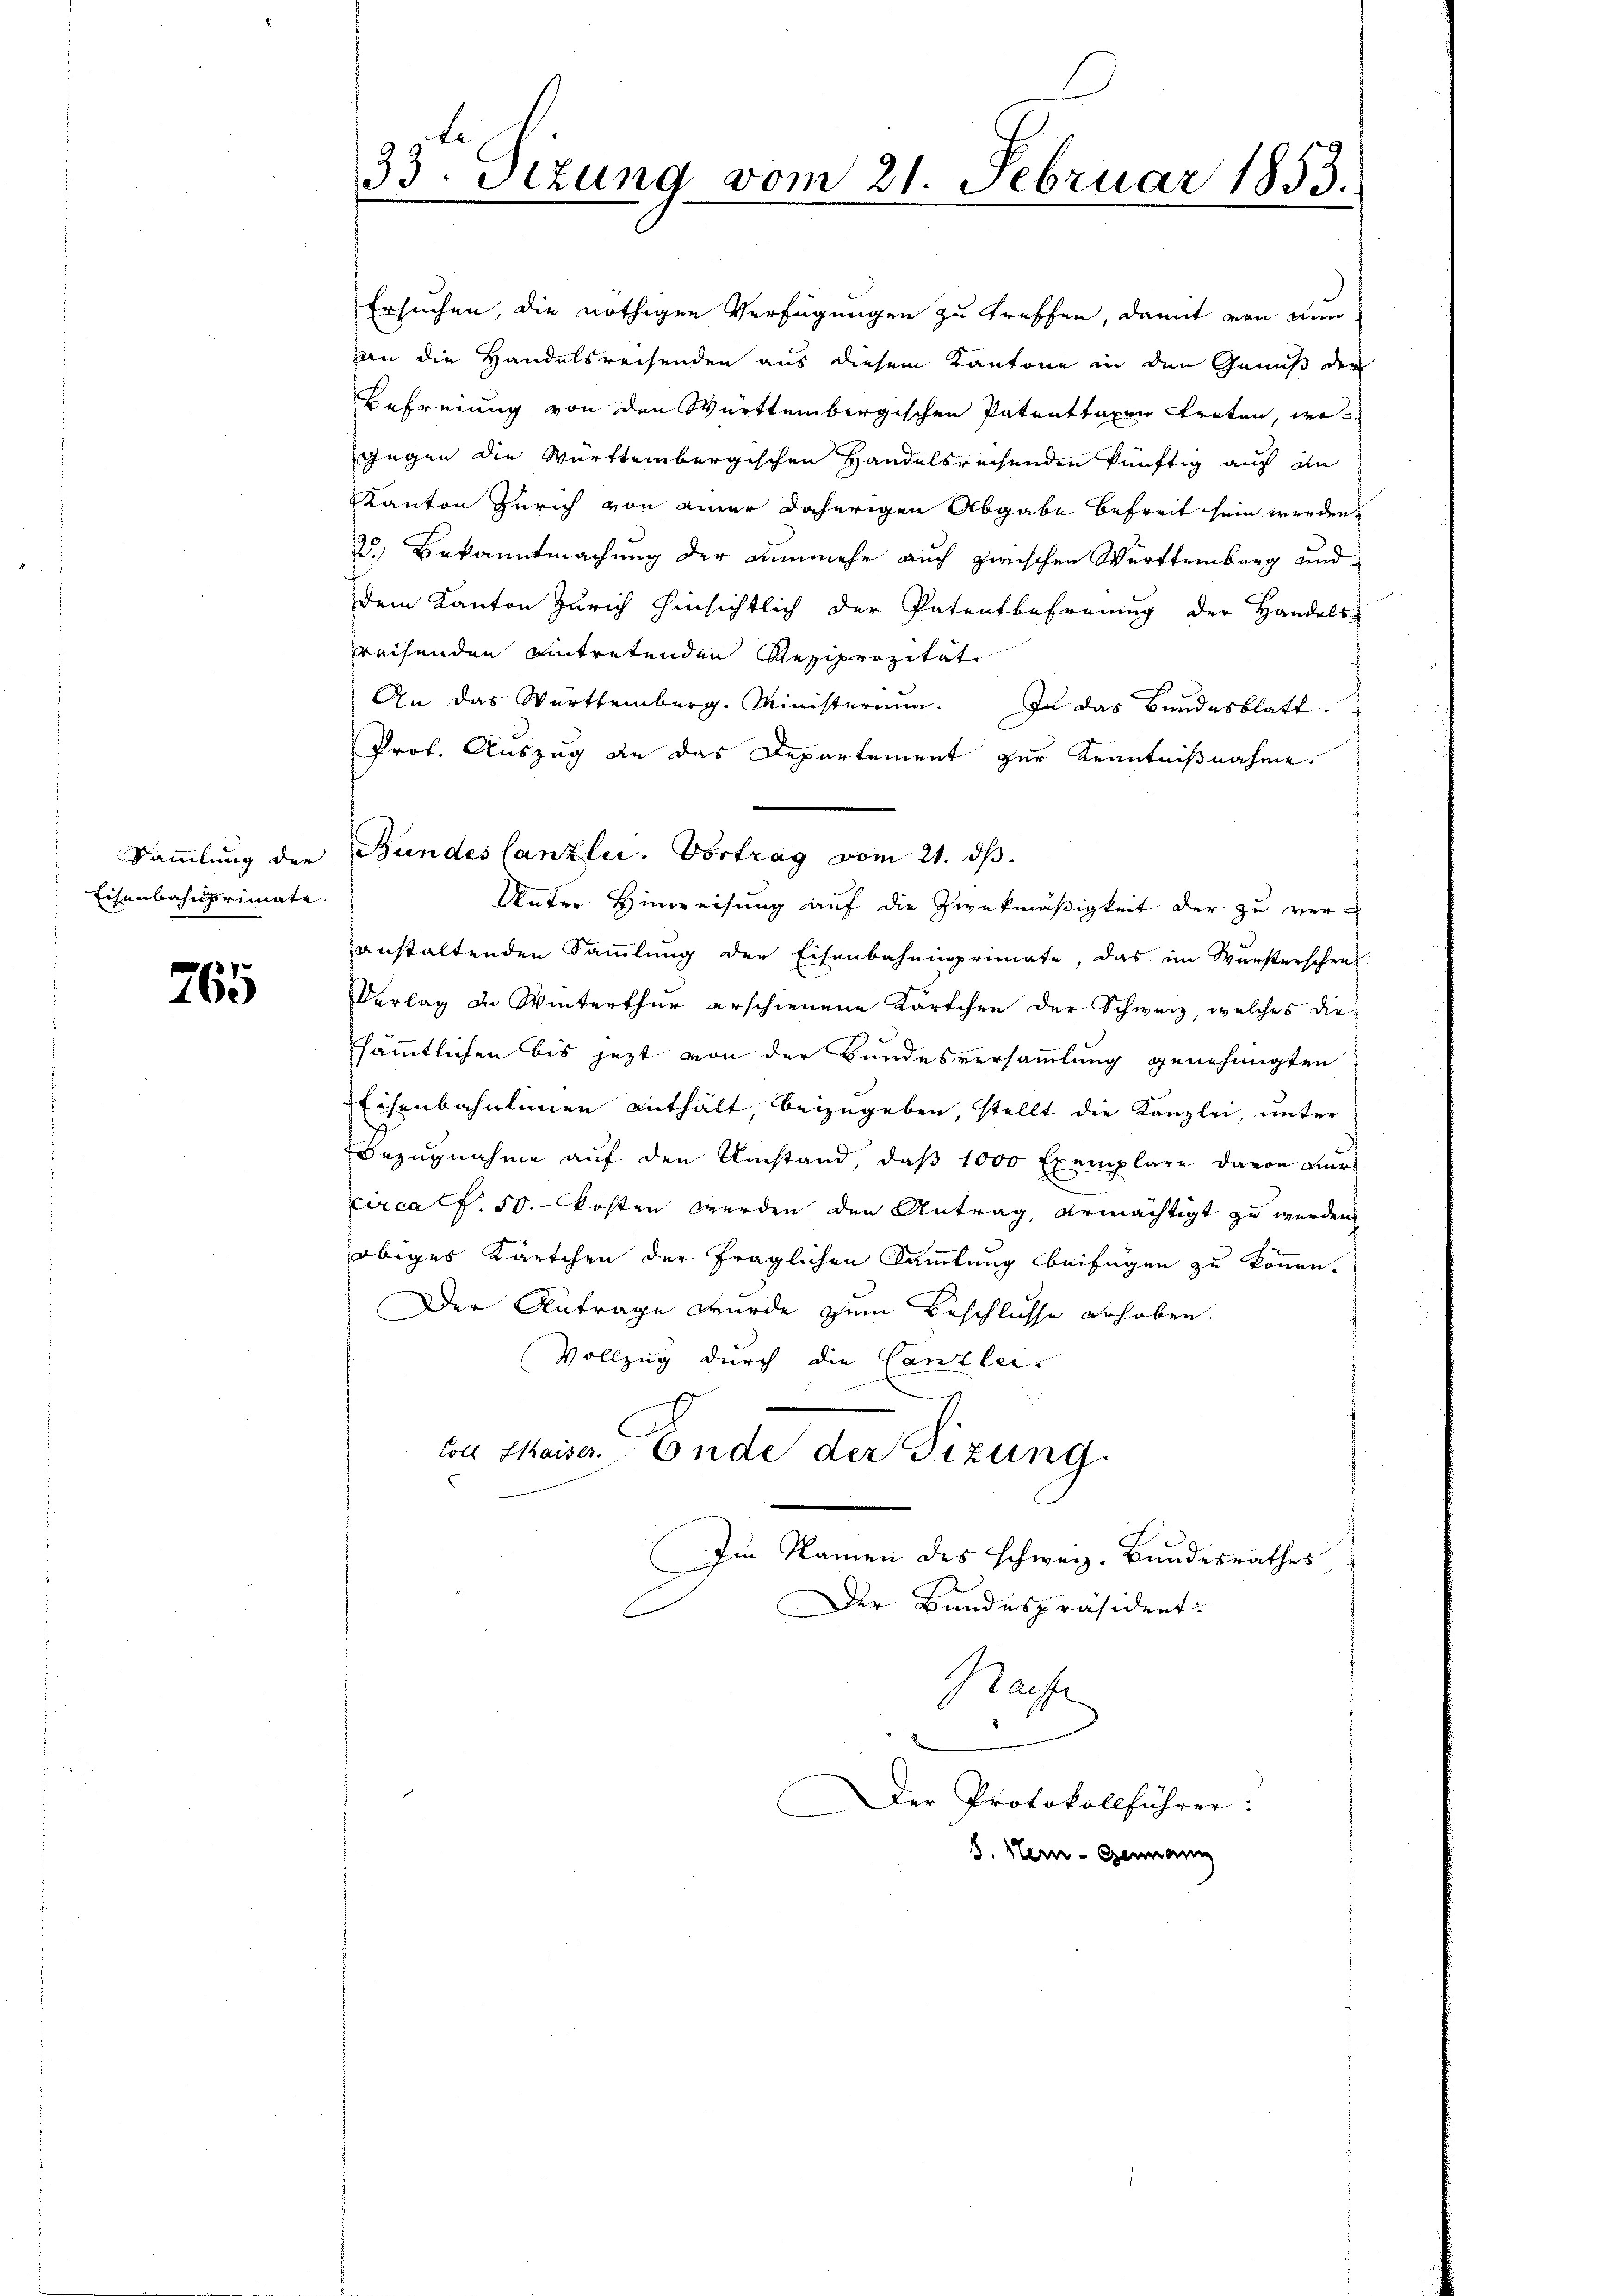
Eisenbahnprimate

765

33. Stzung vom 21. Februar 1853.

Ersuchen, die nöthigen Verfügungen zu treffen, damit von dun-
an die Handelsreisenden aus diesem Kantone in den Genuß der
Befreiung von den Württembergischen Patenttaxen treten, wo
gegen die Württembergischen Handelsrechenden künftig auf im
Kanton Zürich von einer daherigen Abgabe befreit sein werden.
2.) Bekanntmachung der nunmehr auch zwischen Württemberg und
dem Kanton Zürich hinsichtlich der Patentbefreung der Handels-
greifenden eintretenden Reziprozität
An das Werttemberg. Ministerium. In das Bundesblatt
Prof. Auszug an das Departement zur Kenntnißnahme.
Unter Hinweisung auf die Zweckmäßigkeit der zu veranstaltenden Sammlung der Eisenbahnneprimate, das im Würsterschre
Verlag in Winterthur erschienene Kärtchen der Schweiz, welches die
sämmtlichen bis jezt von der Bundesversammlung genehmigten
Eisenbahnlinien enthält, beizugeben, stellt die Kanzlei, unter
Bezugnahme auf den Umstand, daβ 1000 Exemplare davon Lur
circatf. 50. kosten werden den Antrag, ermächtigt zu werden.
obiges Kärtchen der fraglichen Sammlung beifügen zu können.
Der Antrage wurde zum Beschlüsse erhoben.
Vollzug durch die Canzlei-
von Chaiser. Ende der Sizung.
Im Namen des schweiz. Bundesrathes
Der Bundespräsident:
f
Rache
Der Protokollführer:
8. Hern - Genann

Samlung der Bundes Canzlei. Vortrag vom 21. ds.